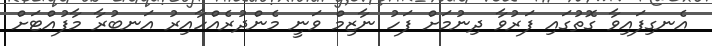
އެނގިފައިވާ ގޮތުގައި ފަރުވާ ދިނުމަށް ފަހު ނާޒިމް ވަނީ މެންދުރެއްހާއިރު އަނބުރާ މާފުއްޓަށް